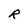
Character: R